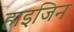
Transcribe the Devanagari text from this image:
हाइजिन